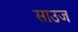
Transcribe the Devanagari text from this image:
साउज